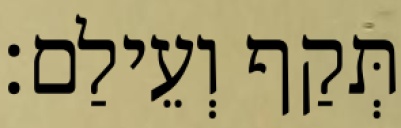
תְּקַף וְעֵילַם׃